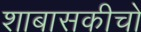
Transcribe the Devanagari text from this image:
शाबासकीचो